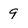
Character: 9